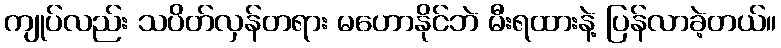
ကျုပ်လည်း သပိတ်လှန်တရား မဟောနိုင်ဘဲ မီးရထားနဲ့ ပြန်လာခဲ့တယ်။